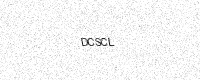
Text: DCSCL